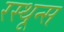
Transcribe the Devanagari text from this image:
रस्थून्स